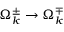
\Omega _ { k } ^ { \pm } \to \Omega _ { k } ^ { \mp }